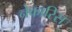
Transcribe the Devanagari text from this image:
नेकारिस